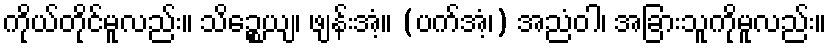
ကိုယ်တိုင်မူလည်း။ သိဉ္စေယျ၊ ဖျန်းအံ့။ (ပက်အံ့၊) အညံဝါ၊ အခြားသူကိုမူလည်း။